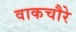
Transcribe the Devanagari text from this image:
वाकचौरे